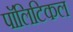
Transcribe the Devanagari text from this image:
पाॅलिटिकल